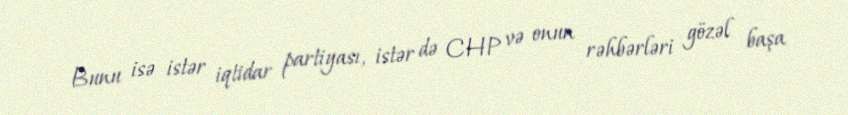
Bunu isə istər iqtidar partiyası, istər də CHP və onun rəhbərləri gözəl başa